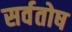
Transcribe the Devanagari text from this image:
सर्वतोष